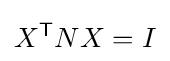
X^{\mathsf {T}}NX=I